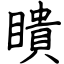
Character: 瞶